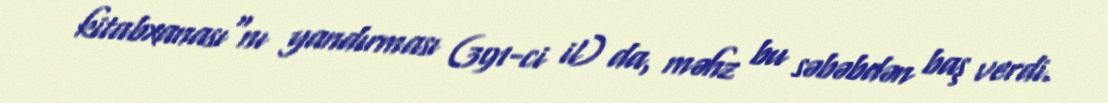
kitabxanası"nı yandırması (391-ci il) da, məhz bu səbəbdən baş verdi.